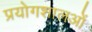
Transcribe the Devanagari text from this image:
प्रयोगशालओं